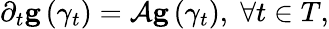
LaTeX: \begin{array}{r}{\partial_{t}\mathbf{g}\left(\gamma_{t}\right)=\mathcal{A}\mathbf{g}\left(\gamma_{t}\right),\; \forall t\in T,}\end{array}